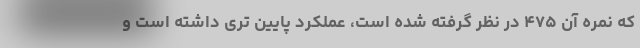
که نمره آن ۴٧۵ در نظر گرفته شده است، عملکرد پایین تری داشته است و